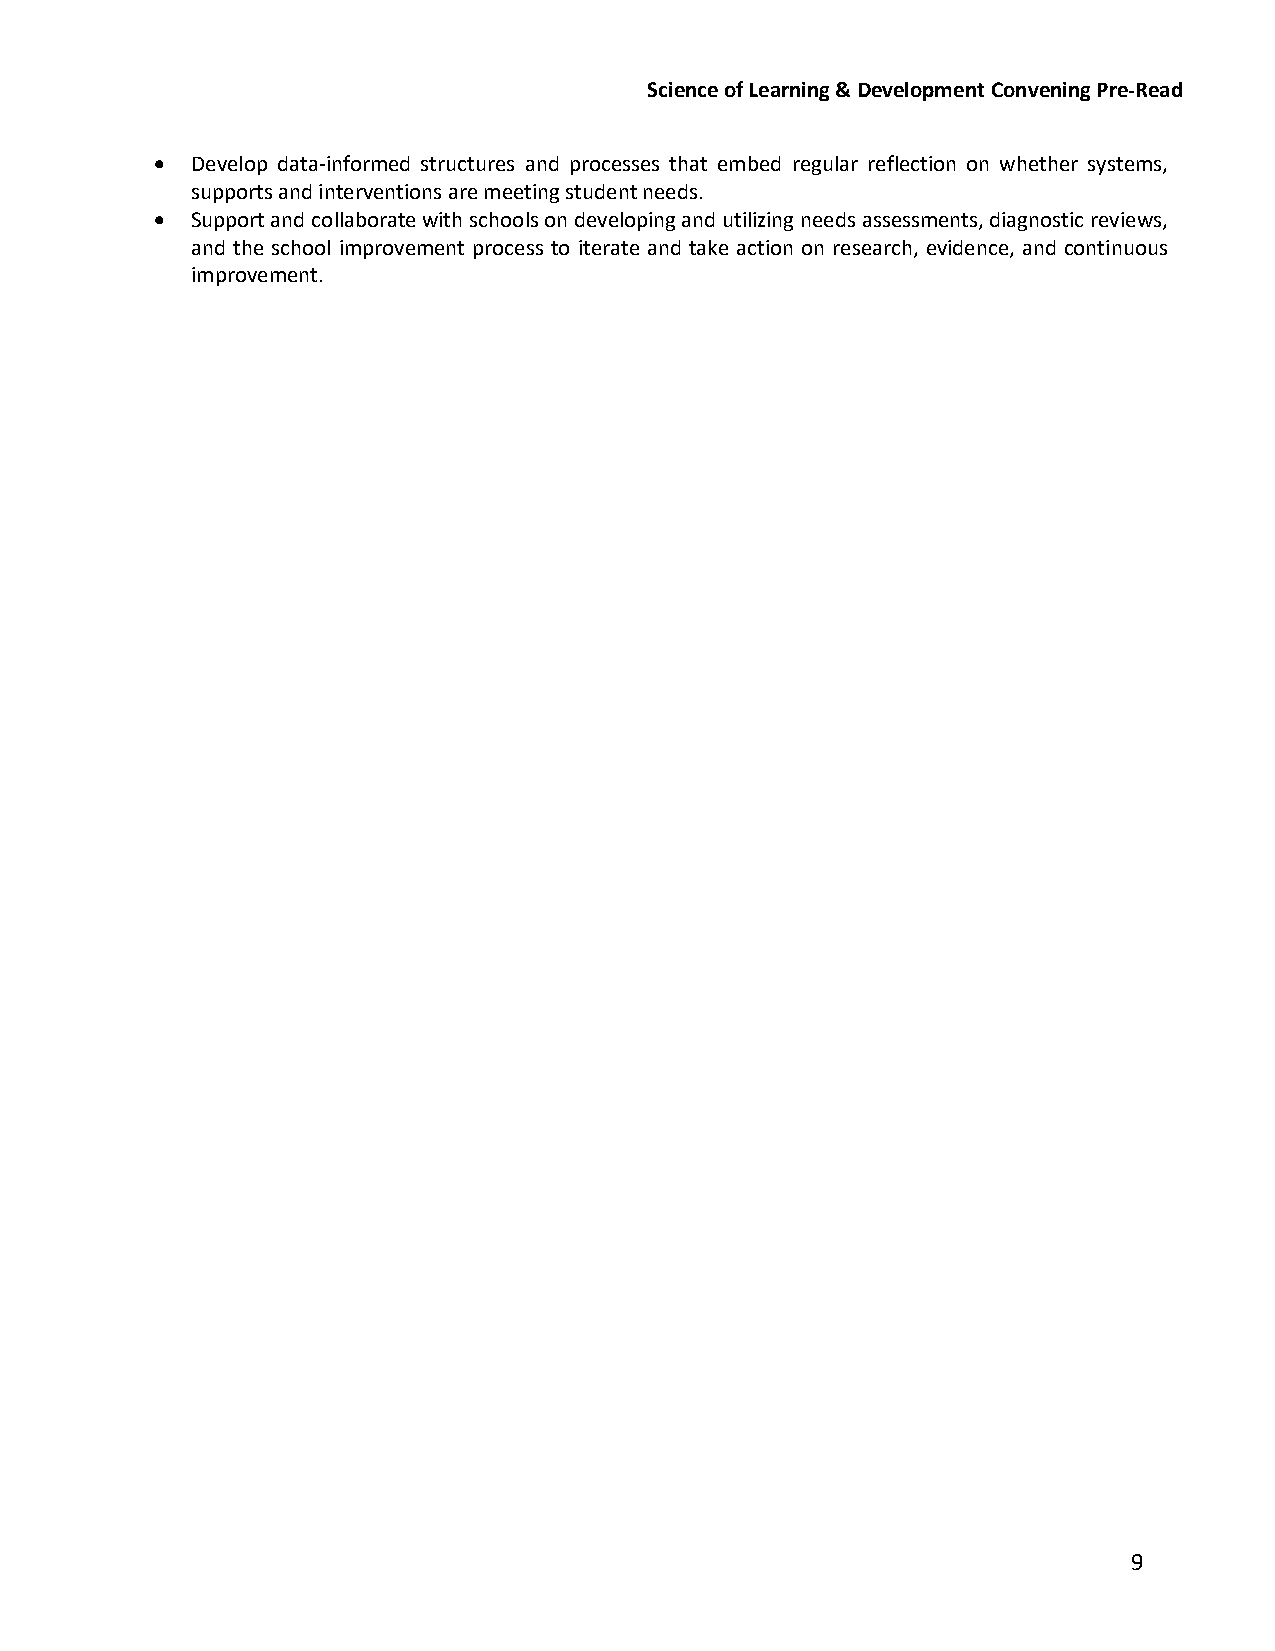
Science of Learning & Development Convening Pre-Read
   Develop data-informed structures and processes that embed regular reflection on whether systems,
 supports and interventions are meeting student needs.
   Support and collaborate with schools on developing and utilizing needs assessments, diagnostic reviews,
 and the school improvement process to iterate and take action on research, evidence, and continuous
 improvement.
 9